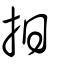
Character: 抇